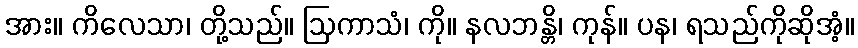
အား။ ကိလေသာ၊ တို့သည်။ ဩကာသံ၊ ကို။ နလဘန္တိ၊ ကုန်။ ပန၊ ရသည်ကိုဆိုအံ့။